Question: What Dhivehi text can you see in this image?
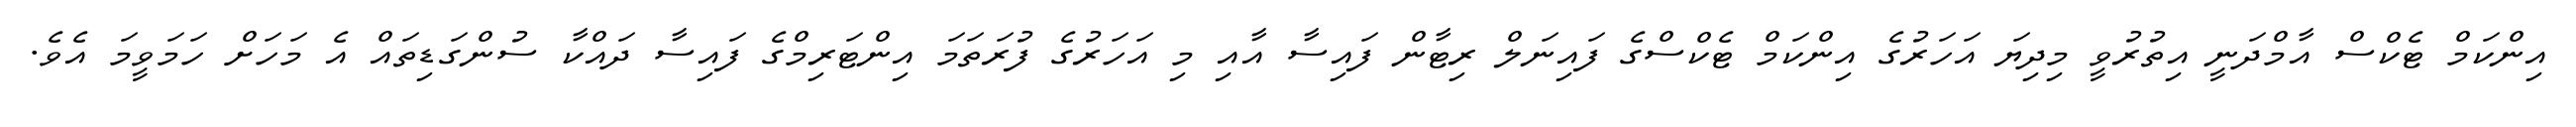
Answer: އިންކަމް ޓެކްސް އާމްދަނީ އިތުރުވީ މިދިޔަ އަހަރުގެ އިންކަމް ޓެކްސްގެ ފައިނަލް ރިޓާން ފައިސާ އާއި މި އަހަރުގެ ފުރަތަމަ އިންޓަރިމްގެ ފައިސާ ދައްކާ ސުންގަޑިތައް އެ މަހަށް ހަމަވީމަ އެވެ.